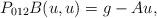
LaTeX: \begin{align*}P_{012}B(u,u)=g-Au,\end{align*}